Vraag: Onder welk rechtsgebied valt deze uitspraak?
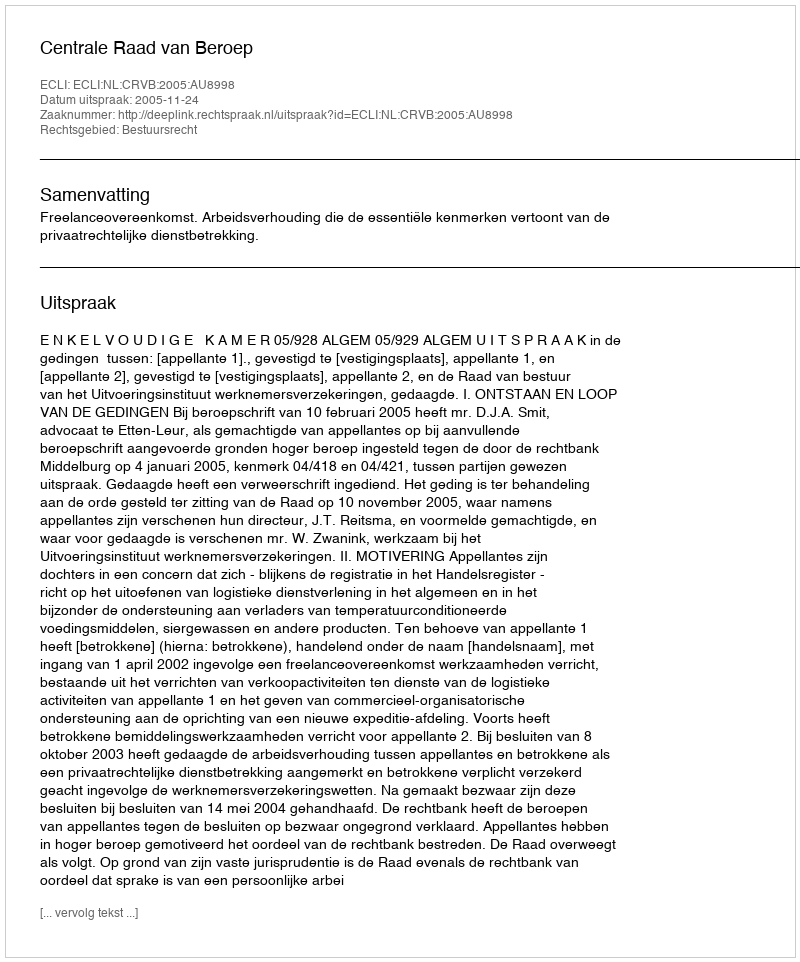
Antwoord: Bestuursrecht